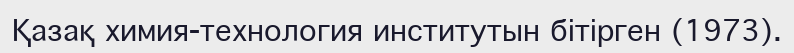
Қазақ химия-технология институтын бітірген (1973).